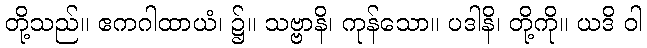
တို့သည်။ ဧကဂါထာယံ၊ ၌။ သဗ္ဗာနိ၊ ကုန်သော။ ပဒါနိ၊ တို့ကို။ ယဒိ ဝါ